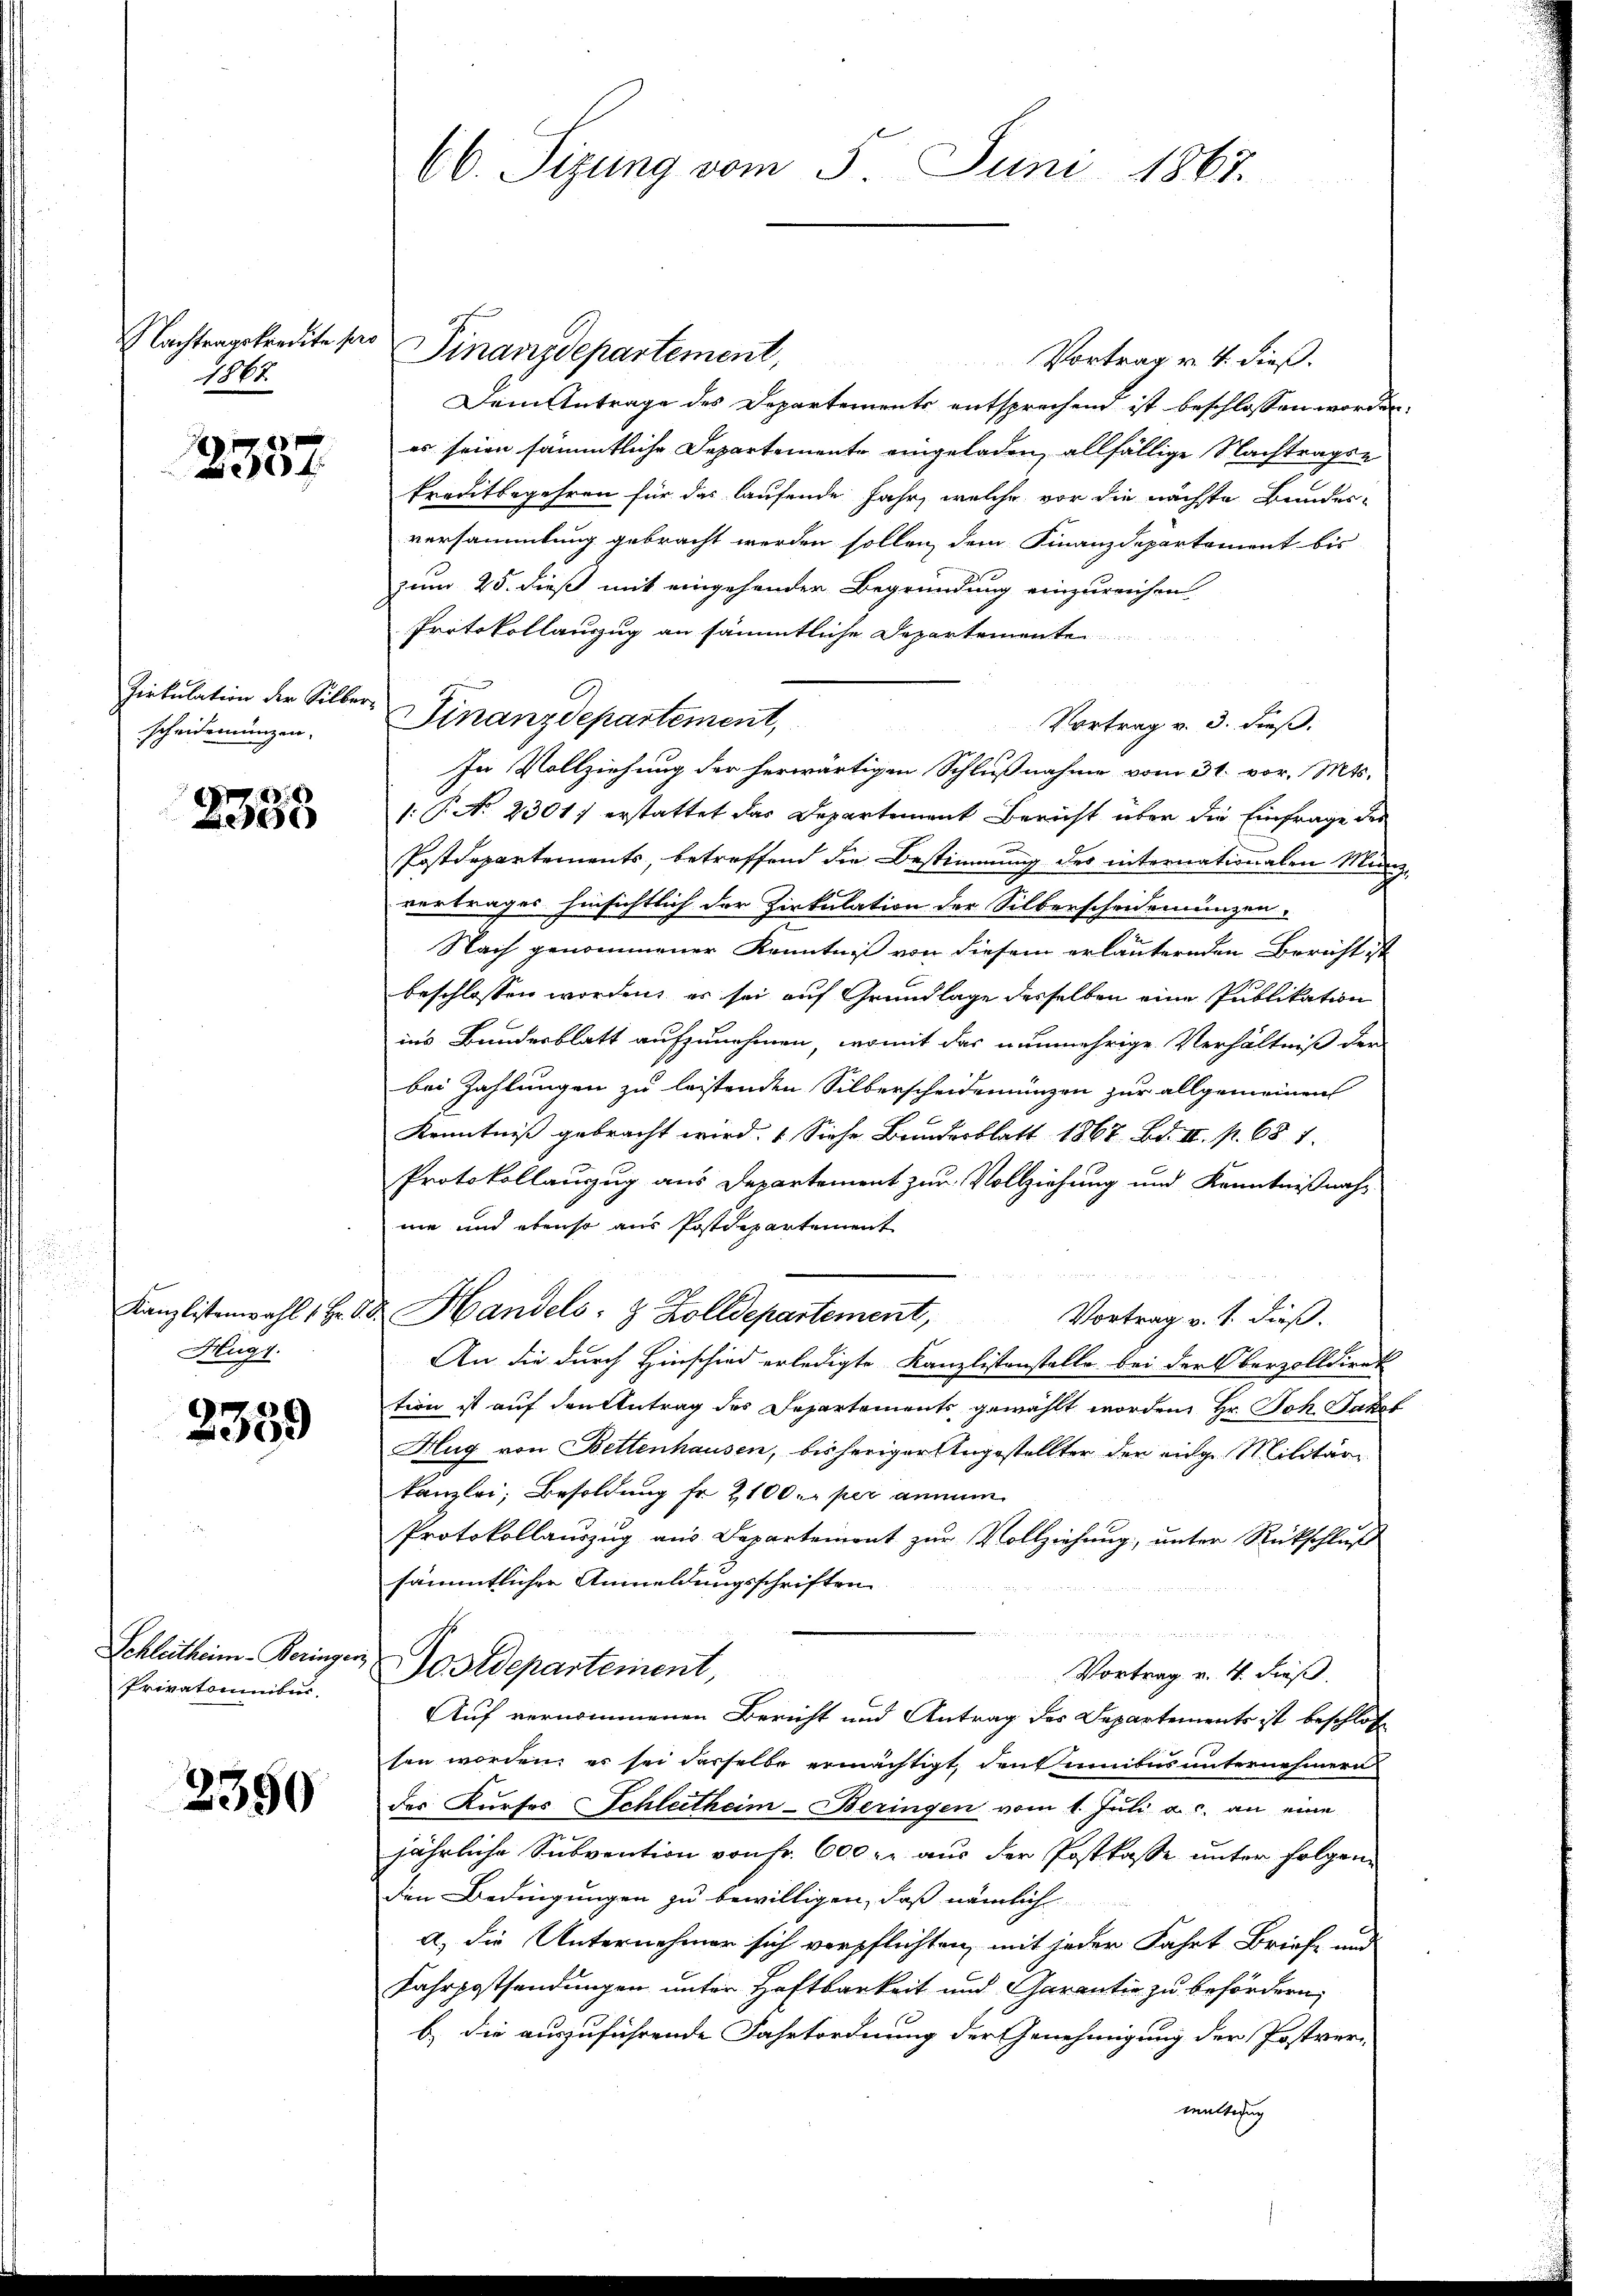
Nachtragskredite pro
1884.

2357.

scheidemünzen.

2358

2359

Schleitheim-Veringer
Privatominibus.

2350

Kanzlistenwahl 1 Hr. v.
Hugt.

66. Sizung vom 5. Juni 1867.

Zirkulation der Silber Finanzdepartement,

Finanzdepartement,
Vortrag v. 4. dieß.
Dein Antrage des Departements entsprechend ist beschlossen worden.
es seien sämmtliche Departemente eingeladen, allfällige Nachtragse
kreditbegehren für das laufende Jahr, welche vor die nächste Beider-
versammlung gebracht werden sollen, dem Finanzdepartement bis
zum 25. dieß mit eingehender Begründung einzureichen
Protokollauszug an sämmtliche Departemente
In Vollziehung der herwärtigen Schlußnahme vom 31. vor. Mts.
1: P. No 2301) erstattet das Departement Bericht über die Einfrage des
Postdepartements, betreffend die Bestimmung des internationalen Münzvertrages hinsichtlich der Zirkulation der Silberscheidemungen,
Nach genommener Kenntniß von diesem erläuternden Bericht ist
beschlossen worden, es sei auf Grundlage desselben eine Publikation
ins Bundesblatt aufzunehmen, womit das nunmehrige Verhältniß der
bei Zahlungen zu leistenden Silberscheidenungen zur allgemeinen
Kenntniß gebracht wird. Siehe Bundesblatt 1867 Bd. II. p. 687.
Protokollanzug aus Departement zur Vollziehung und Kenntnißnahnie und ebenso aus Postdepartement
d Handels- & Zolldepartement,
Vortrag v. J. dieß.
An die durch Hinschied erledigte Kanzlistenstelle bei der Oberzolldiret
tion ist auf den Antrag des Departements gewählt worden Hr. Joh. Jakob
Hug von Bettenhausen, bisheriger Angestellter der eige Militär-
kanzlei, Besoldung Fr. 2100 er per annum
Protokollauszug aus Departement zur Vollziehung, unter Rückschluß
sämmtlicher Anmeldungsschriften
Postdepartement
Vortrag v. 4. dieß.
Auf vernommenen Bericht und Antrag des Departements ist beschlos
sen worden, es sei derselbe ermächtigt, den minibus unternehmern
der Kurses Schleitheim-Beringen vom 1. Juli a. c. an eine
jährliche Subvention von Fr. 600 l. aus der Postkasse unter folgen
den Bedingungen zu bewilligen, daß nämlich
a) die Unternehmer sich verpflichten, mit jeder Fahrt Brief- und
Fahrpostsendungen unter Haftbarkeit und Garantie zu befördern,
b.) die auszuführende Fahrtordnung der Genehmigung der Postver
mutterung

Vortrag v. 3. dieß.